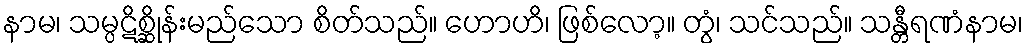
နာမ၊ သမ္ပဋိစ္ဆိုန်းမည်သော စိတ်သည်။ ဟောဟိ၊ ဖြစ်လော့။ တွံ၊ သင်သည်။ သန္တီရဏံနာမ၊